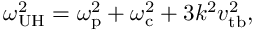
\omega _ { \mathrm { U H } } ^ { 2 } = \omega _ { \mathrm { p } } ^ { 2 } + \omega _ { \mathrm { c } } ^ { 2 } + 3 k ^ { 2 } v _ { \mathrm { t b } } ^ { 2 } ,